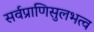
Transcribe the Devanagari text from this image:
सर्वप्राणिसुलभत्व